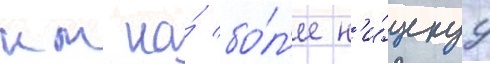
км на́ бо́л'ее н'и́зкуу